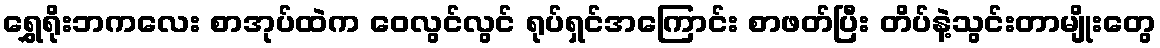
ရွှေရိုးဘကလေး စာအုပ်ထဲက ဝေလွင်လွင် ရုပ်ရှင်အကြောင်း စာဖတ်ပြီး တိပ်နဲ့သွင်းတာမျိုးတွေ